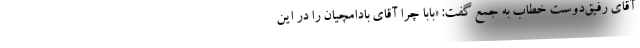
آقای رفیق‌دوست خطاب به جمع گفت: «بابا چرا آقای بادامچیان را در این